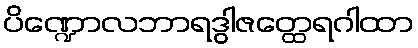
ပိဏ္ဍောလဘာရဒွါဇတ္ထေရဂါထာ